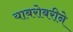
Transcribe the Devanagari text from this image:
याबरोबरीने